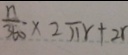
\frac { n } { 3 6 0 } \times 2 \pi r + 2 r